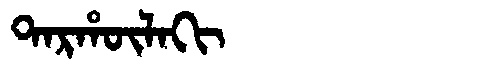
Manchu: ᡨᠠᡵᡥᡡᠯᠠᡴᡳ
Romanization: TARHŪLAKI